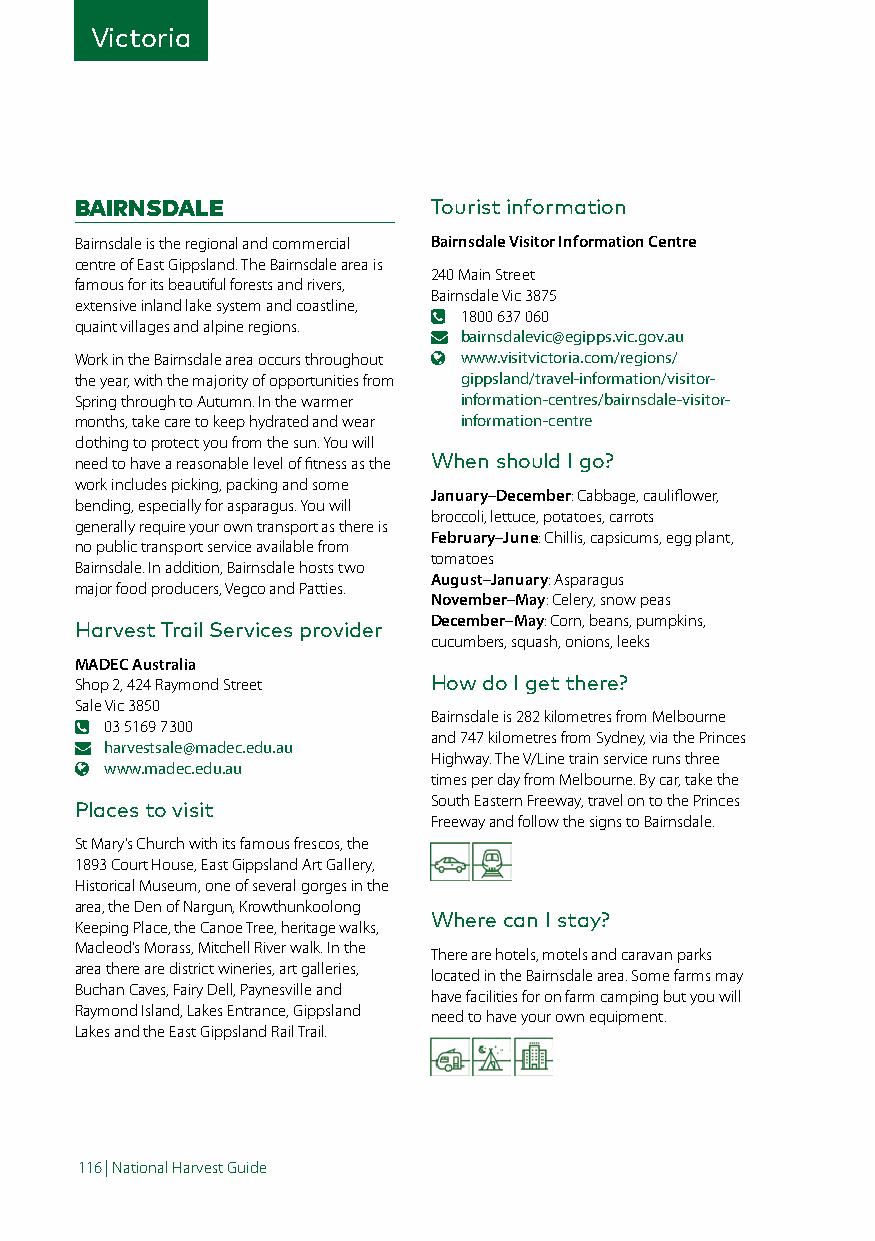
Victoria
 BAIRNSDALE             Tourist information
 Bairnsdale is the regional and commercial Bairnsdale Visitor Information Centre
 centre of East Gippsland. The Bairnsdale area is
 240 Main Street
 famous for its beautiful forests and rivers,
 Bairnsdale Vic 3875
 extensive inland lake system and coastline,
 1800 637 060
 quaint villages and alpine regions.
 bairnsdalevic@egipps.vic.gov.au
 Work in the Bairnsdale area occurs throughout www.visitvictoria.com/regions/
 the year, with the majority of opportunities from gippsland/travel-information/visitor-
 Spring through to Autumn. In the warmer information-centres/bairnsdale-visitor-
 months, take care to keep hydrated and wear information-centre
 clothing to protect you from the sun. You will
 need to have a reasonable level of fitness as the When should I go?
 work includes picking, packing and some
 January–December: Cabbage, cauliflower,
 bending, especially for asparagus. You will
 broccoli, lettuce, potatoes, carrots
 generally require your own transport as there is
 February–June: Chillis, capsicums, egg plant,
 no public transport service available from
 tomatoes
 Bairnsdale. In addition, Bairnsdale hosts two
 August–January: Asparagus
 major food producers, Vegco and Patties.
 November–May: Celery, snow peas
 December–May: Corn, beans, pumpkins,
 Harvest Trail Services provider
 cucumbers, squash, onions, leeks
 MADEC Australia
 Shop 2, 424 Raymond Street How do I get there?
 Sale Vic 3850
 Bairnsdale is 282 kilometres from Melbourne
 03 5169 7300
 and 747 kilometres from Sydney, via the Princes
 harvestsale@madec.edu.au
 Highway. The V/Line train service runs three
 www.madec.edu.au
 times per day from Melbourne. By car, take the
 South Eastern Freeway, travel on to the Princes
 Places to visit
 Freeway and follow the signs to Bairnsdale.
 St Mary’s Church with its famous frescos, the
 1893 Court House, East Gippsland Art Gallery,
 Historical Museum, one of several gorges in the
 area, the Den of Nargun, Krowthunkoolong
 Where can I stay?
 Keeping Place, the Canoe Tree, heritage walks,
 Macleod’s Morass, Mitchell River walk. In the
 There are hotels, motels and caravan parks
 area there are district wineries, art galleries,
 located in the Bairnsdale area. Some farms may
 Buchan Caves, Fairy Dell, Paynesville and
 have facilities for on farm camping but you will
 Raymond Island, Lakes Entrance, Gippsland
 need to have your own equipment.
 Lakes and the East Gippsland Rail Trail.
 116 | National Harvest Guide